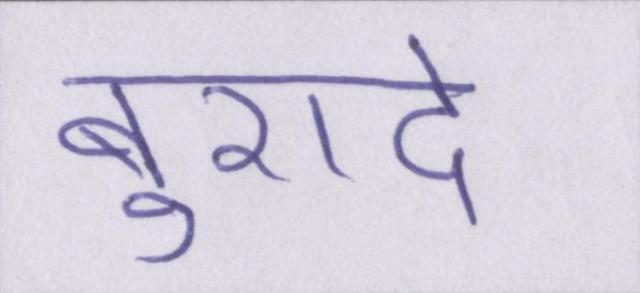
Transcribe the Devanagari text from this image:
बुरादे